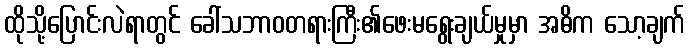
ထိုသို့ပြောင်းလဲရာတွင် ခေါ်သဘာဝတရားကြီး၏ဖေးမရွေးချယ်မှုမှာ အဓိက သော့ချက်